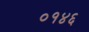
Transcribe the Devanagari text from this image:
०१४६